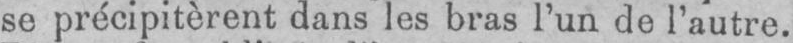
se précipitèrent dans les bras l’un de l’autre.